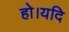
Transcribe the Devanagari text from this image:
हो।यदि